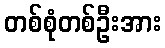
တစ်စုံတစ်ဦးအား